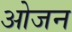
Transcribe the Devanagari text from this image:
ओजन